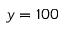
y = 1 0 0